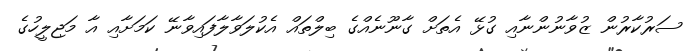
ސަރުކާރުން ޒުވާނުންނާއި ގުޅޭ އެތަށް ގާނޫނެއްގެ ބިލްތައް އެކުލަވާލާފައިވާނޭ ކަމަށާއި އާ މަޖިލީހުގެ